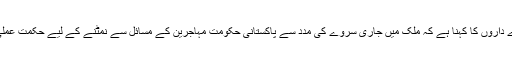
اقوام متحدہ کے عہدے داروں کا کہنا ہے کہ ملک میں جاری سروے کی مدد سے پاکستانی حکومت مہاجرین کے مسائل سے نمٹنے کے لیے حکمت عملی وضع کرسکے گی۔